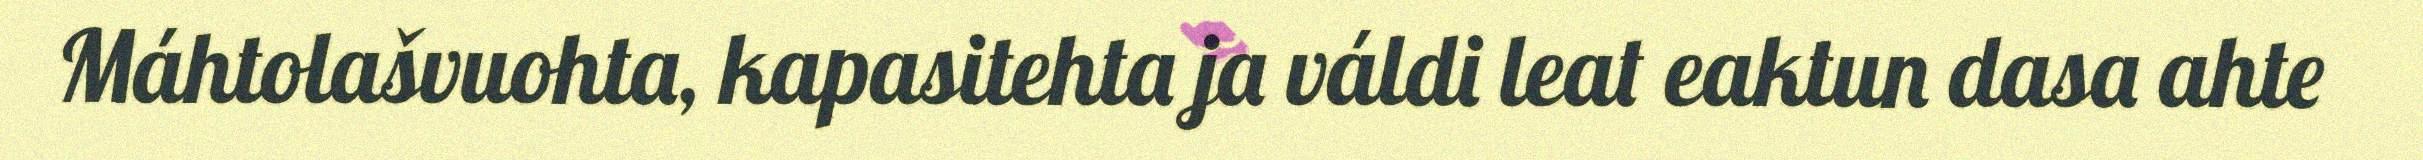
Máhtolašvuohta, kapasitehta ja váldi leat eaktun dasa ahte